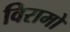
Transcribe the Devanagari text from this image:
विरामो